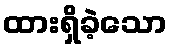
ထားရှိခဲ့သော